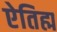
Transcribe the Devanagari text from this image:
ऐतिह्म